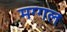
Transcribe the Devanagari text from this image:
मग्गल